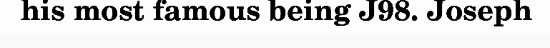
his most famous being J98. Joseph